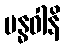
ဗန္ဓဝါနိ